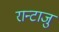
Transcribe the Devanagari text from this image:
रान्टाजु